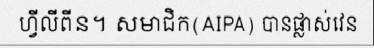
ហ្វីលីពីន។ សមាជិក(AIPA) បានផ្លាស់វេន